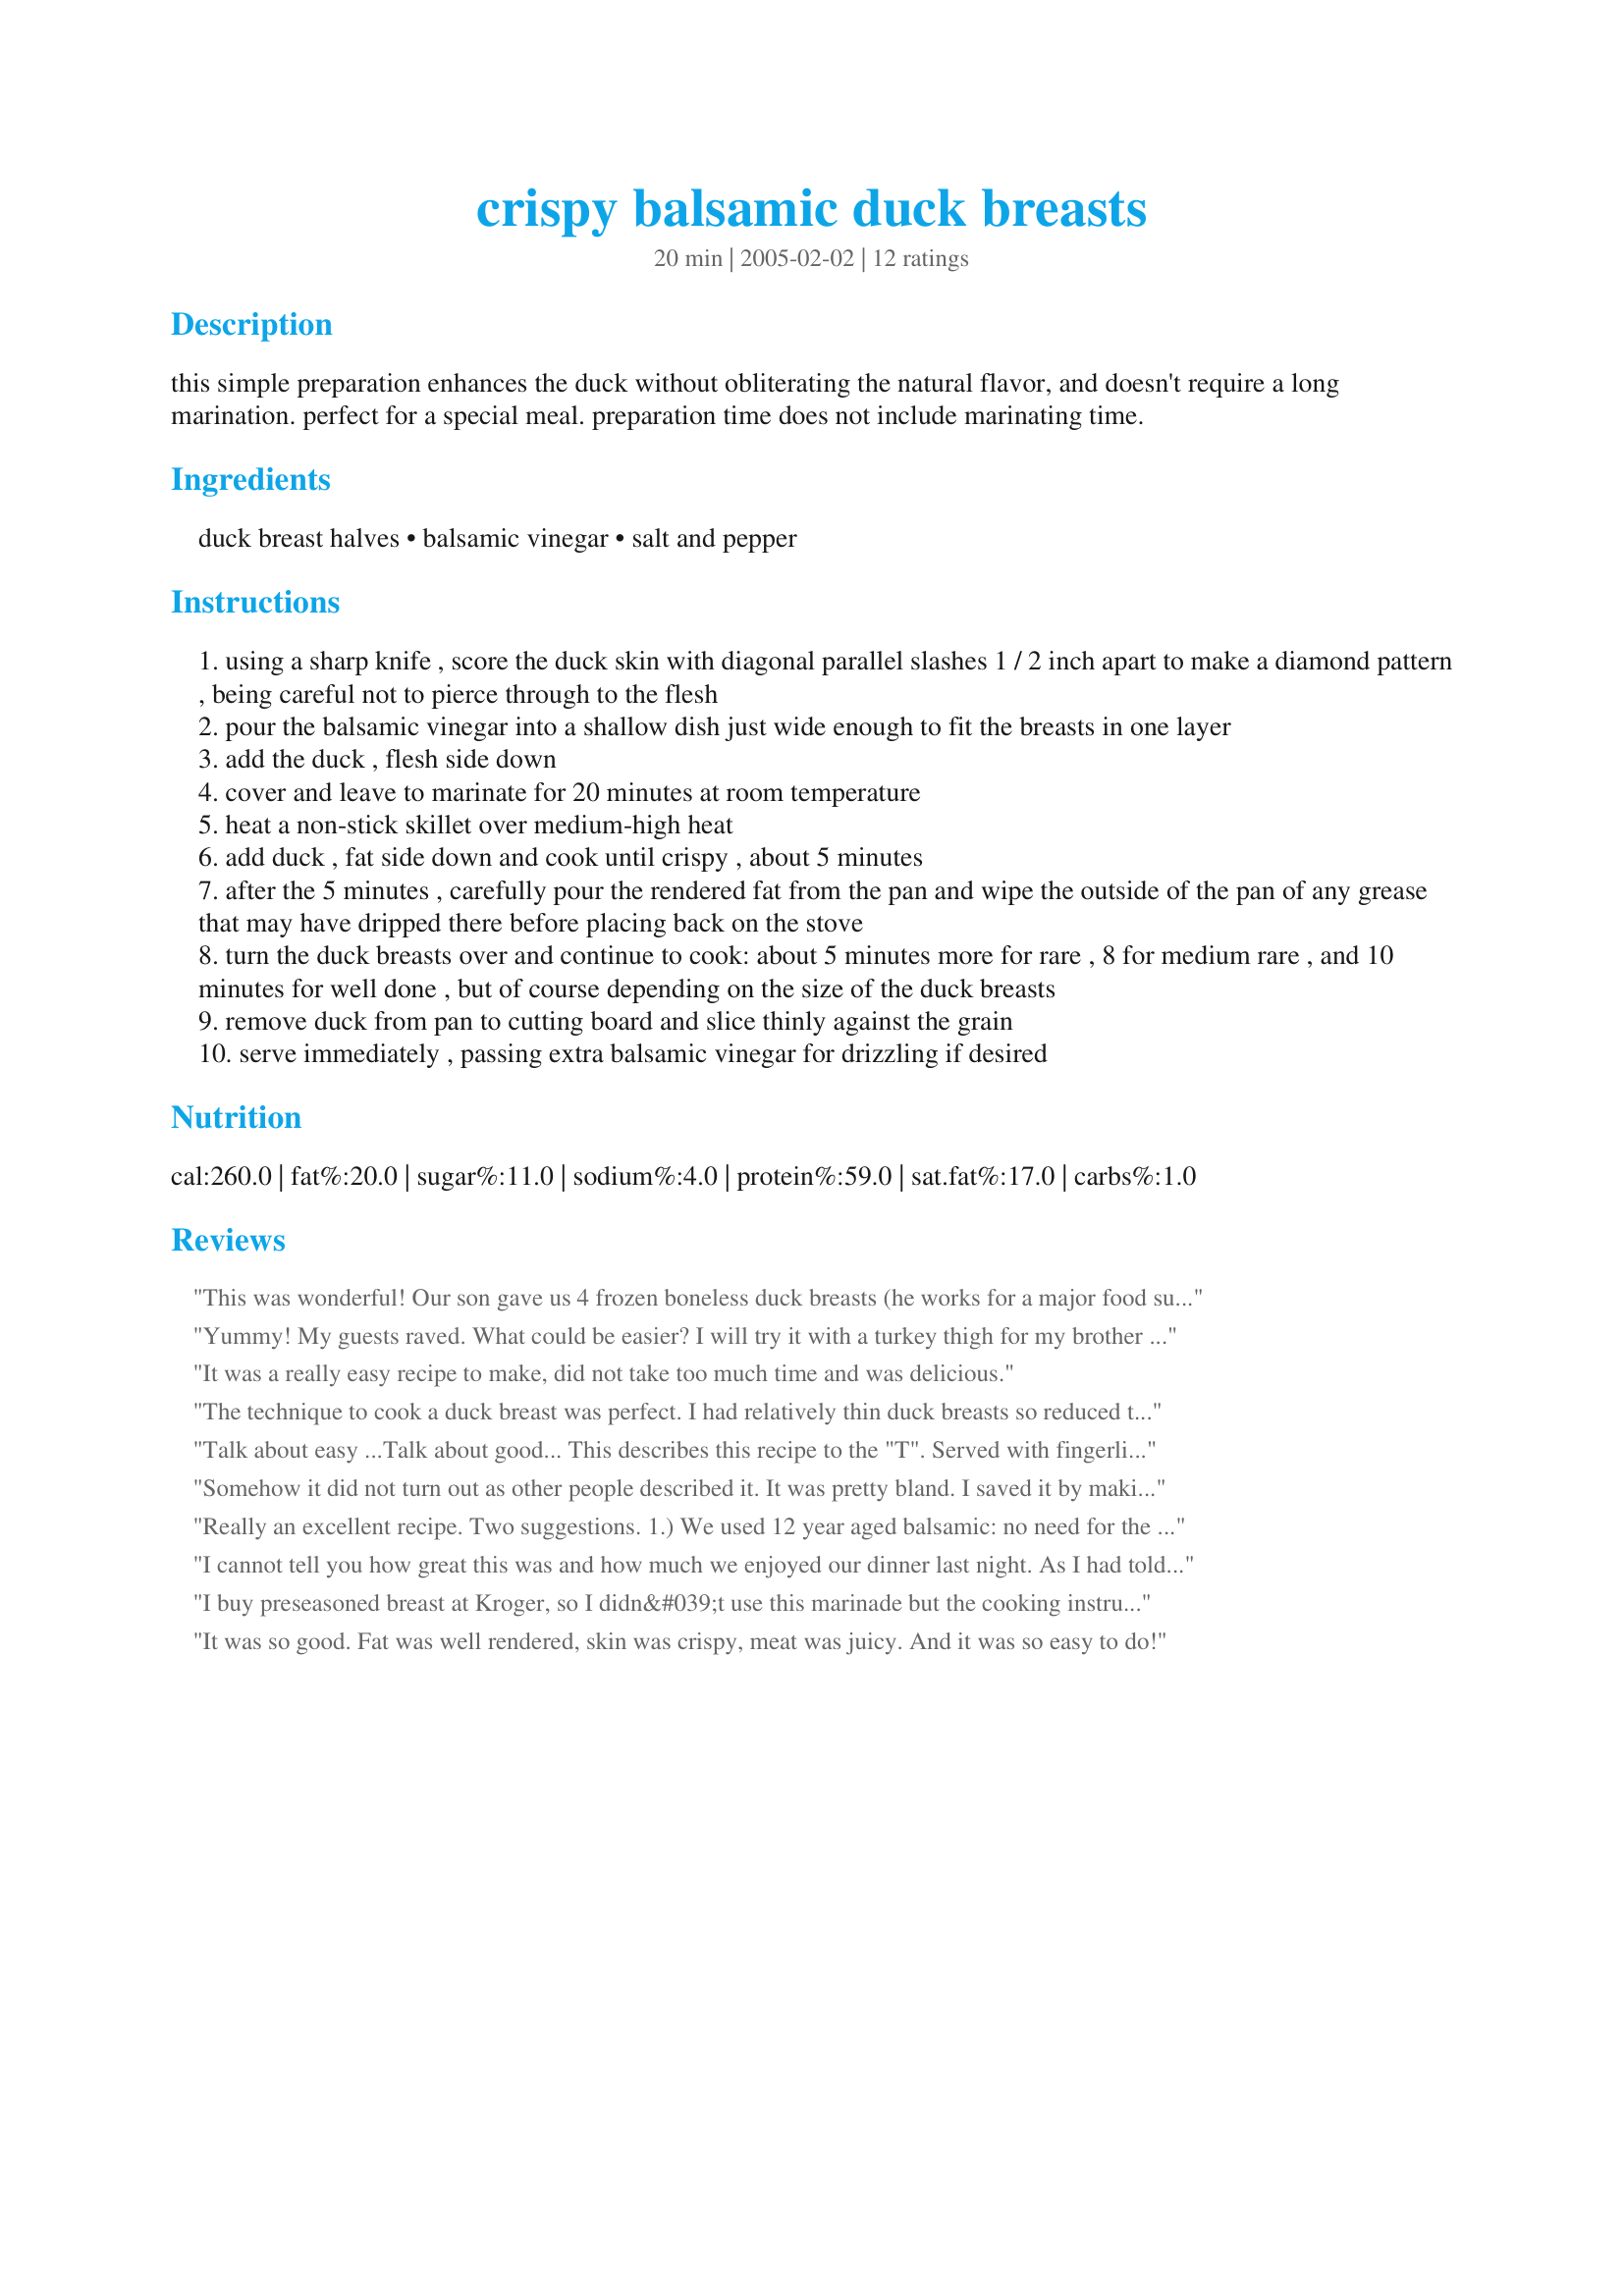
crispy balsamic duck breasts
Preparation time: 20 minutes

this simple preparation enhances the duck without obliterating the natural flavor, and doesn't require a long marination. perfect for a special meal. preparation time does not include marinating time.

Ingredients:
duck breast halves, balsamic vinegar, salt and pepper

Steps:
using a sharp knife , score the duck skin with diagonal parallel slashes 1 / 2 inch apart to make a diamond pattern , being careful not to pierce through to the flesh
pour the balsamic vinegar into a shallow dish just wide enough to fit the breasts in one layer
add the duck , flesh side down
cover and leave to marinate for 20 minutes at room temperature
heat a non-stick skillet over medium-high heat
add duck , fat side down and cook until crispy , about 5 minutes
after the 5 minutes , carefully pour the rendered fat from the pan and wipe the outside of the pan of any grease that may have dripped there before placing back on the stove
turn the duck breasts over and continue to cook: about 5 minutes more for rare , 8 for medium rare , and 10 minutes for well done , but of course depending on the size of the duck breasts
remove duck from pan to cutting board and slice thinly against the grain
serve immediately , passing extra balsamic vinegar for drizzling if desired

Reviews:
This was wonderful! Our son gave us 4 frozen boneless duck breasts (he works for a major food supplier) and I didn't know what to do with them. Of course I searched Recipezaar and this seemed the simplest recipe. I only had strawberry balsamic from Trader Joes and it turned out delicious. They browned up to the most beautiful golden brown in the first step and were perfect for 15 minutes in the second step (they were on the thick side). I added more balsamic to the pan and reduced it so we would have more to drizzle. I wish I could give it more stars. Thank you.
Yummy! My guests raved. What could be easier? I will try it with a turkey thigh for my brother who won't eat duck (more for me!)
It was a really easy recipe to make, did not take too much time and was delicious.
The technique to cook a duck breast was perfect. I had relatively thin duck breasts so reduced the time on the flesh side rather than cut the time in half. This rendered more fat and had a crispy skin. I combined two recipe's on food.com - there is one for duck with cherry balsamic reduction that i used that recipe sauce instead of the balsamic in this recipe. After removing the duck, pour off any remaining fat, return pan to heat and deglaze with red wine, a bit of balsamic and i used cherry preserves stirred until mixed and reduced to consistency of a medium to thin gravy. Served with roasted vegatables and a mixed green salad. Turned out to be a very quick 'gourmet' dinner.
Talk about easy ...Talk about good... This describes this recipe to the "T". Served with fingerling potato. I can't wait to make it again. thanks for a great recipe.
Somehow it did not turn out as other people described it. It was pretty bland. I saved it by making a reduction of balsamic vinegar, balsamic creme, red wine and orange juice. But on its own, it had no taste, even though I did use good balsamic vinegar.
Really an excellent recipe. Two suggestions. <br/><br/>1.) We used 12 year aged balsamic: no need for the good stuff;<br/>2.) let the duck rest under foil for 8 minutes: suggest 10-12 minutes before carving.
I cannot tell you how great this was and how much we enjoyed our dinner last night. As I had told you earlier, I grilled them on the BBQ and had no problems because I removed the fatty skin first. The balsamic gave it a wonderful flavor and they were so moist. Thanks for sharing this super recipe!
I buy preseasoned breast at Kroger, so I didn&#039;t use this marinade but the cooking instructions for the rare is perfect hubby likes his more done so I do his longer. If you follow these steps in cooking you will have a perfectly cooked breast
It was so good. Fat was well rendered, skin was crispy, meat was juicy. And it was so easy to do!
There is not much to say about this recipe except that it was extreemly delicious and easy to make! The balsamic suits the duck because it cuts through the fatty flavor.
The end result here was mighty tasty and I certainly enjoyed the simplicity of this dish. I found the duck skin crisped up more quickly in the first stage than I'd anticipated. After 4 minutes it was nearly black, so I quickly whipped the duck around. Maybe this will vary depending on your stove. The rest of the cooking times for rare/medium rare/well done were spot on.
